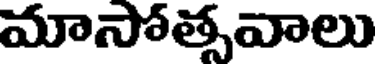
మాసోత్సవాలు